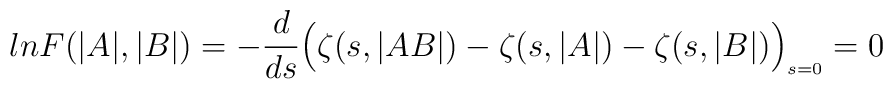
ln F( \vert A \vert, \vert B \vert) =- \frac{d}{ds}\Bigl(\zeta(s, \vert AB \vert) - \zeta(s, \vert A \vert)- \zeta(s, \vert B \vert)\Bigr)_{\scriptscriptstyle s=0} = 0